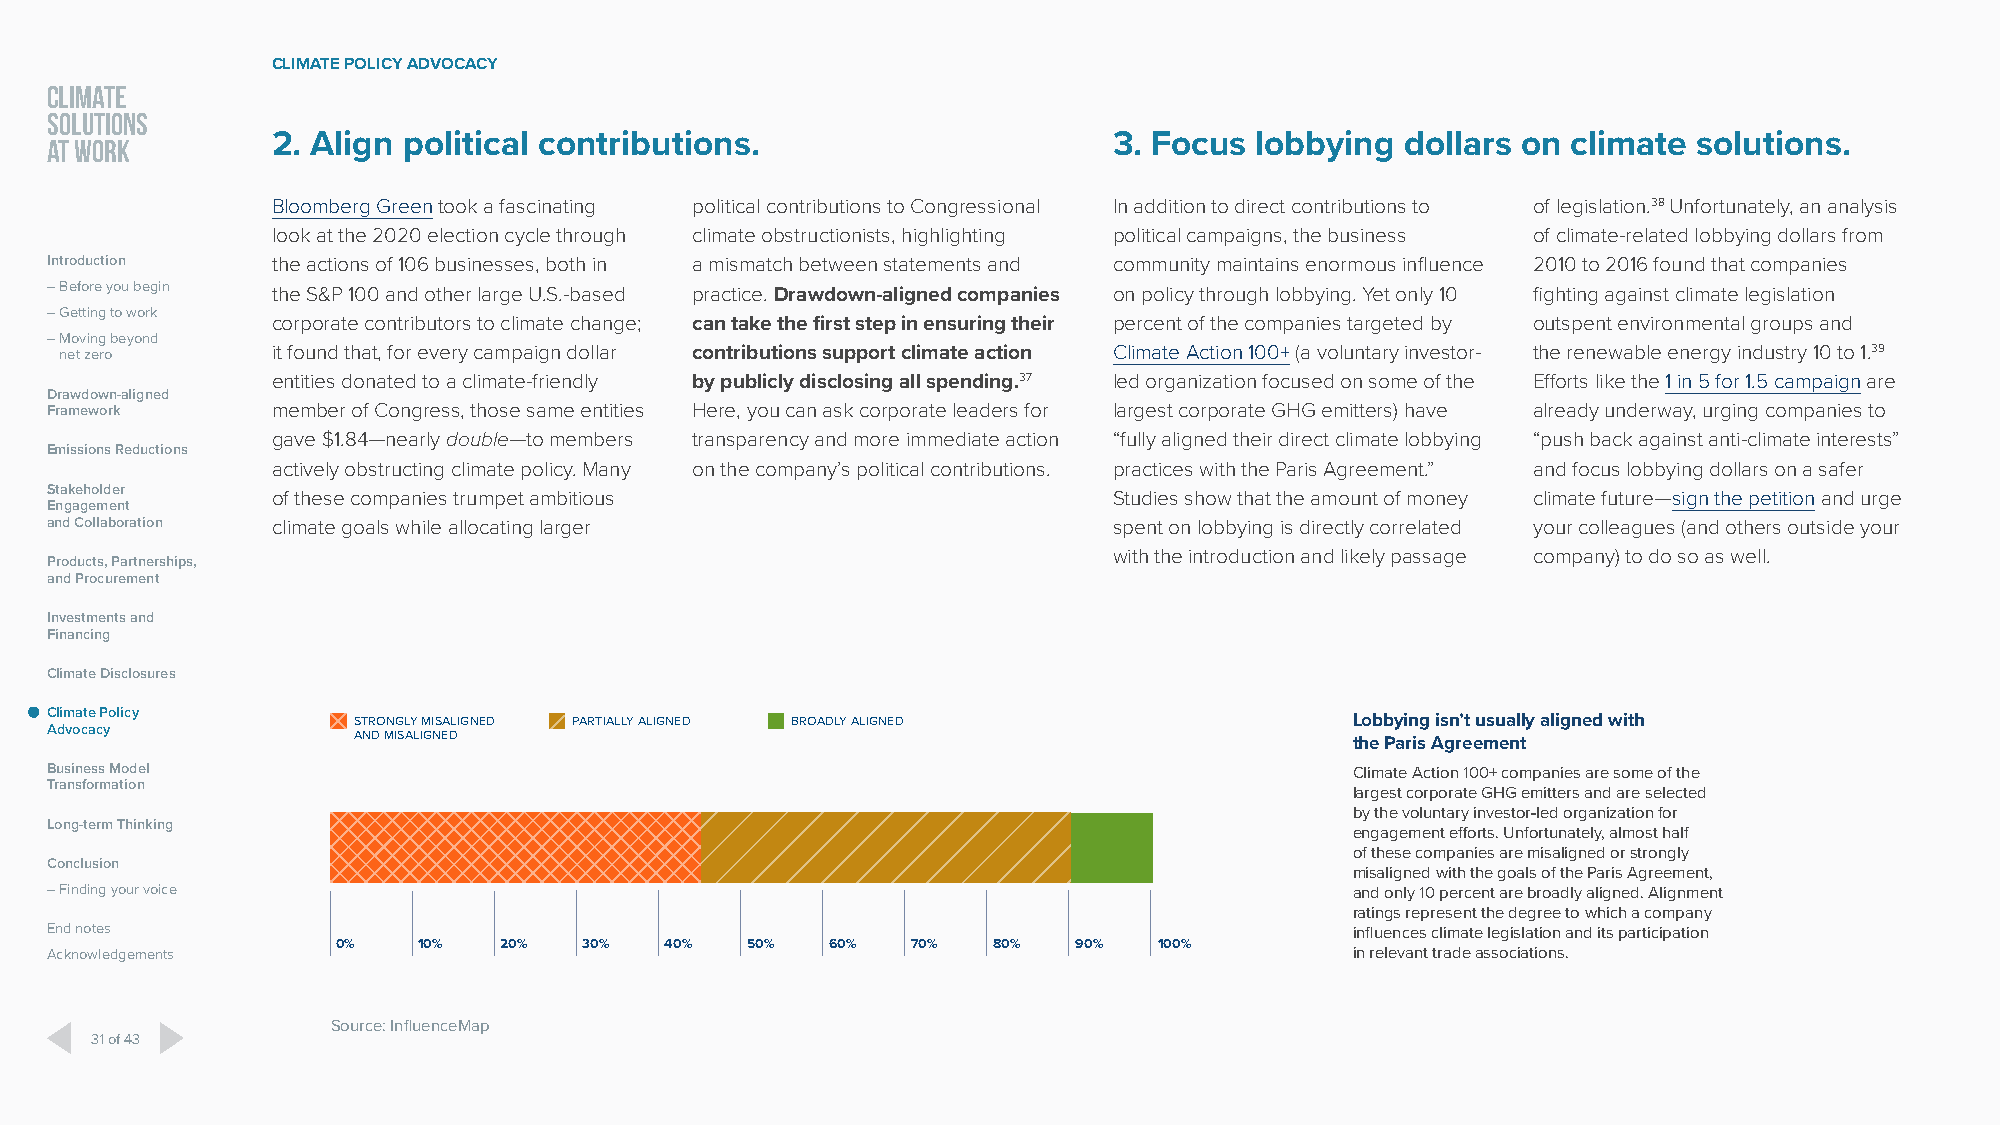
CLIMATE POLICY ADVOCACY
 CLIMATE
 SOLUTIONS
 AT WORK        2. Align political contributions.                       3. Focus lobbying  dollars on climate solutions.
 Bloomberg Green took a fascinating political contributions to Congressional In addition to direct contributions to of legislation.38 Unfortunately, an analysis
 look at the 2020 election cycle through climate obstructionists, highlighting political campaigns, the business of climate-related lobbying dollars from
 Introduction   the actions of 106 businesses, both in a mismatch between statements and community maintains enormous influence 2010 to 2016 found that companies
 – Before you begin the S&P 100 and other large U.S.-based practice. Drawdown-aligned companies on policy through lobbying. Yet only 10 fighting against climate legislation
 – Getting to work
 corporate contributors to climate change; can take the first step in ensuring their percent of the companies targeted by outspent environmental groups and
 – Moving beyond
 net zero      it found that, for every campaign dollar contributions support climate action Climate Action 100+ (a voluntary investor- the renewable energy industry 10 to 1.39
 entities donated to a climate-friendly by publicly disclosing all spending.37 led organization focused on some of the Efforts like the 1 in 5 for 1.5 campaign are
 Drawdown-aligned
 Framework      member of Congress, those same entities Here, you can ask corporate leaders for largest corporate GHG emitters) have already underway, urging companies to
 gave $1.84—nearly double—to members transparency and more immediate action “fully aligned their direct climate lobbying “push back against anti-climate interests”
 Emissions Reductions
 actively obstructing climate policy. Many on the company’s political contributions. practices with the Paris Agreement.” and focus lobbying dollars on a safer
 Stakeholder    of these companies trumpet ambitious                    Studies show that the amount of money climate future—sign the petition and urge
 Engagement
 and Collaboration climate goals while allocating larger                spent on lobbying is directly correlated your colleagues (and others outside your
 with the introduction and likely passage company) to do so as well.
 Products, Partnerships,
 and Procurement
 Investments and
 Financing
 Climate Disclosures
 Climate Policy
 Advocacy
 STRONGLY MISALIGNED PARTIALLY ALIGNED BROADLY ALIGNED              Lobbying isn’t usually aligned with
 AND MISALIGNED                                                     the Paris Agreement
 Business Model                                                                         Climate Action 100+ companies are some of the
 Transformation
 largest corporate GHG emitters and are selected
 by the voluntary investor-led organization for
 Long-term0 T%hinking 10% 20% 30% 40% 50% 60% 70%   80%   90%  100%                     engagement efforts. Unfortunately, almost half
 of these companies are misaligned or strongly
 Conclusion
 misaligned with the goals of the Paris Agreement,
 – Finding your voice                                                                   and only 10 percent are broadly aligned. Alignment
 ratings represent the degree to which a company
 End notes                                                                              influences climate legislation and its participation
 0%    10%  20%   30%  40%  50%   60%  70%   80%  90%   100%
 Acknowledgements                                                                       in relevant trade associations.
 Source: InfluenceMap
 31 of 43
 0 %   1 0 % 2 0 % 3 0 % 4 0 % 5 0 % 6 0 % 7 0 % 8 0 % 9 0 % 1 0 0 %